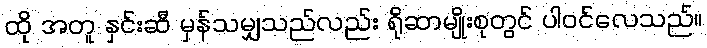
ထို အတူ နှင်းဆီ မှန်သမျှသည်လည်း ရိုဆာမျိုးစုတွင် ပါဝင်လေသည်။